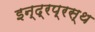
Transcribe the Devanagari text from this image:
इन्‍द्रप्रस्‍थ